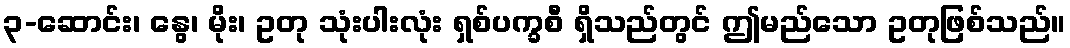
၃-ဆောင်း၊ နွေ၊ မိုး၊ ဥတု သုံးပါးလုံး ရှစ်ပက္ခစီ ရှိသည်တွင် ဤမည်သော ဥတုဖြစ်သည်။